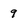
Character: 9